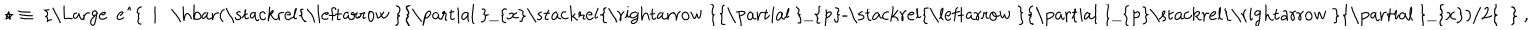
\star \equiv ~ \mathrm { { \Large ~ e ^ { ~ i ~ \hbar ( \stackrel { \leftarrow ~ } { \partial ~ } _ { x } \stackrel { \rightarrow ~ } { \partial ~ } _ { p } - \stackrel { \leftarrow ~ } { \partial ~ } _ { p } \stackrel { \rightarrow ~ } { \partial ~ } _ { x } ) / 2 } ~ } } ~ ,